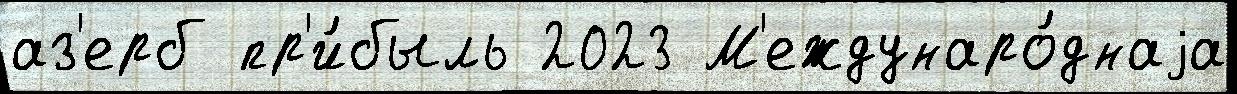
аз'ерб пр'и́быль 2023 М'еждунаро́днаjа